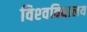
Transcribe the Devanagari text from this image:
विश्‍वविधालय